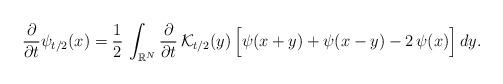
LaTeX: \begin{align*}\frac{\partial}{\partial t} \psi_{t/2}(x)=\frac{1}{2}\,\int_{\mathbb{R}^N} \frac{\partial}{\partial t}\,\mathcal{K}_{t/2}(y)\,\Big[\psi(x+y)+\psi(x-y)-2\,\psi(x)\Big]\,dy.\end{align*}